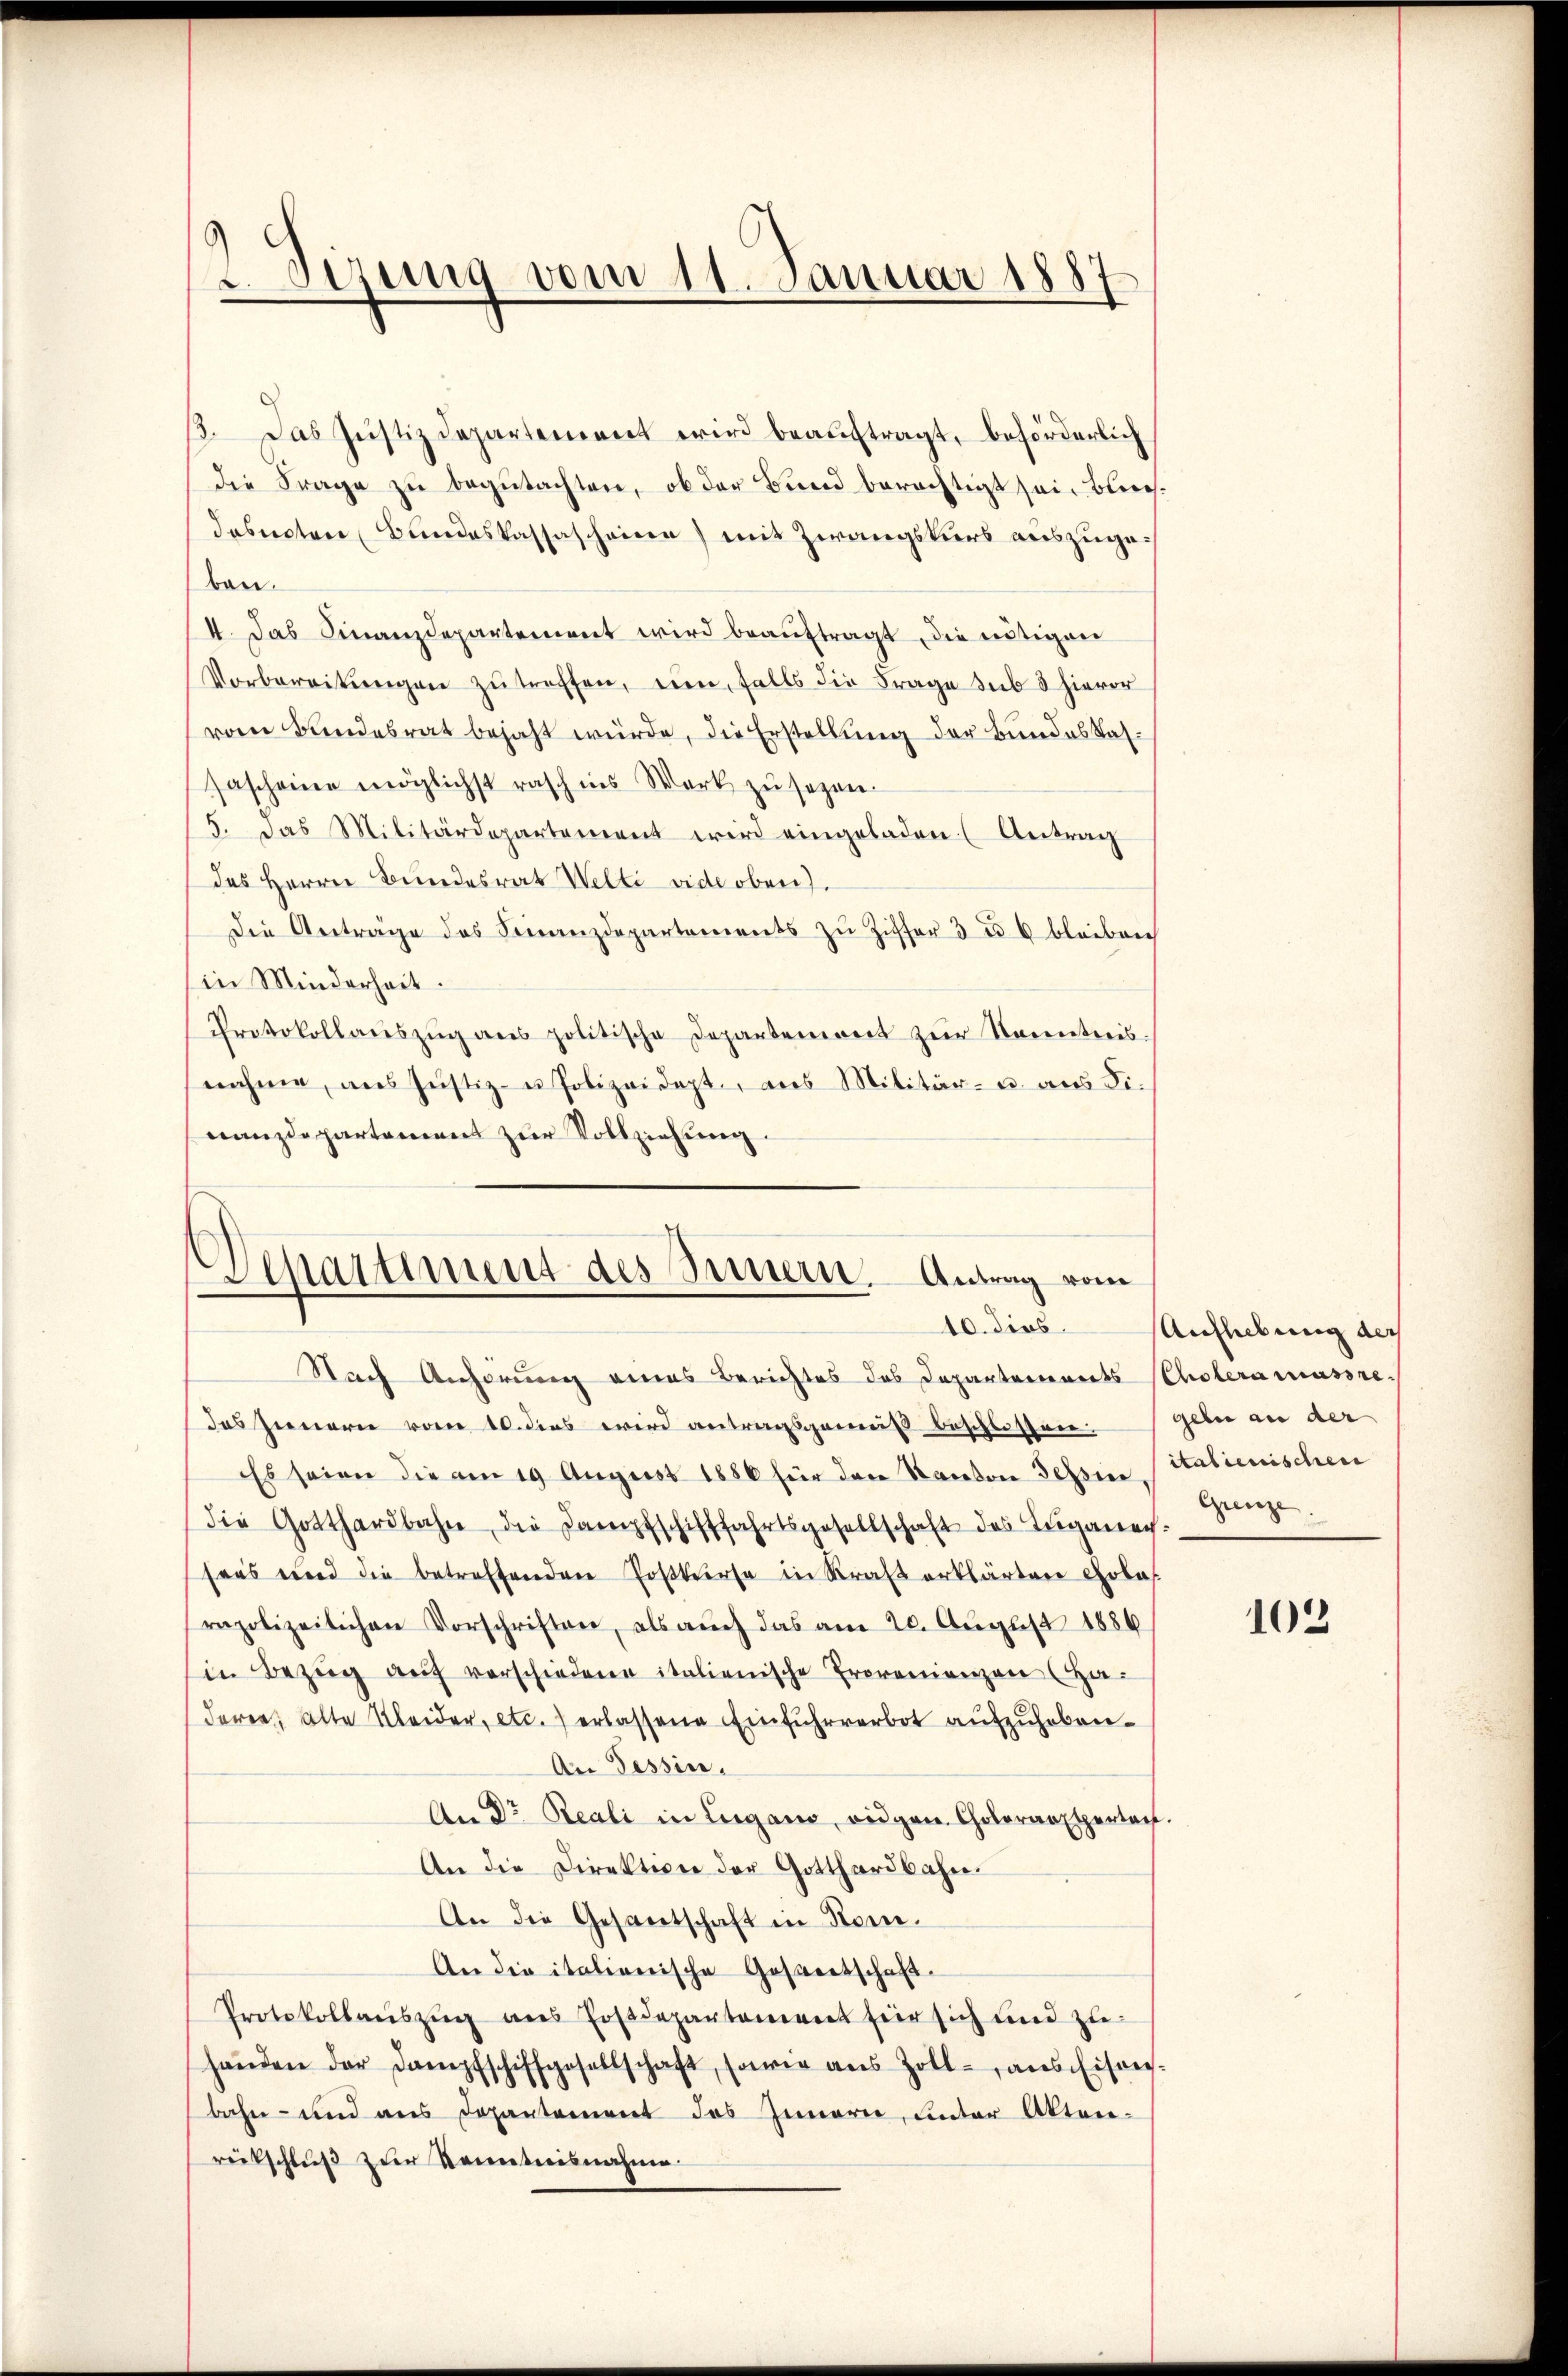
Sizung vom 11. Januar 1887

1. Das Justizdepartement wird beauftragt, beförderlich
die Frage zu begutachten, ob der Bund berechtigt sei. Blechdosnoten Bundeskassascheine) mit Zwangskurs auszugeben.
4. Das Finanzdepartement wird beauftragt, die nötigen
Vorbereitŭngen zŭ treffen, ein, falls die Frage sub 3 hievor
vom Bundesrat bejaht würde, die Erstellung der Bundes Stat.
sascheine möglichst rasch ins Werk zu sezen.
5. Das Militärdepartement wird eingeladen (Antrag
des Herrn Bundesrat Welti vide oben).
Die Anträge des Finanzdepartements zŭ Ziffer 3 u. 6 bleiben
in Minderheit.
Protokollaŭszŭg ans politische Departemont zŭr Kenntnis
nahme, ans Justiz- u Polizeidept, aus Militär- u. aus Finanzdepartement zur Vollziehung.

Departiment des Sinnern. Antrag vom
10. dies

Nach Anhörung eines Berichtes des Departements Cholera massre
das Innern vom 10. dies wird antragsgemäβ beschlossengeln an der
Es seien die am 19 August 1886 für den Kanton Tessin italienischen
die Gotthardbahn, die Dampfschifffahrtsgesellschaft des Teiganech
sans und die betreffenden Postkurse in Straß erklärten Golas
rapolizeilichen Vorschriften, als auch das am 20. August 1886
in Bezŭg aŭf verschiedene italienische Provenienzen (Ha-
deren, alte Kleider, etc. erlassene Einfuhrverbot aufzuheben.
An Tessin.
An Dr Reali in Lugano, eidgen. Coloransporta.
An die Direktion der Gotthardbahn.
An die Gesantschaft in Kom¬
An die italienische Gassertschaft.
Protokollauszug aus Postdepartement für sich und zu-
handen der Dampfschiffgesellschaft, sowie aus Zoll- ans Eisen-
bahn- und aus Departement des Innern, unter Akten-
rütschluß zur Kenntnisnahme.

Aufhebung der
Grenze

103